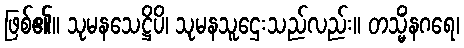
ဖြစ်၏။ သုမနသေဋ္ဌိပိ၊ သုမနသူဌေးသည်လည်း။ တသ္မိံနဂရေ၊